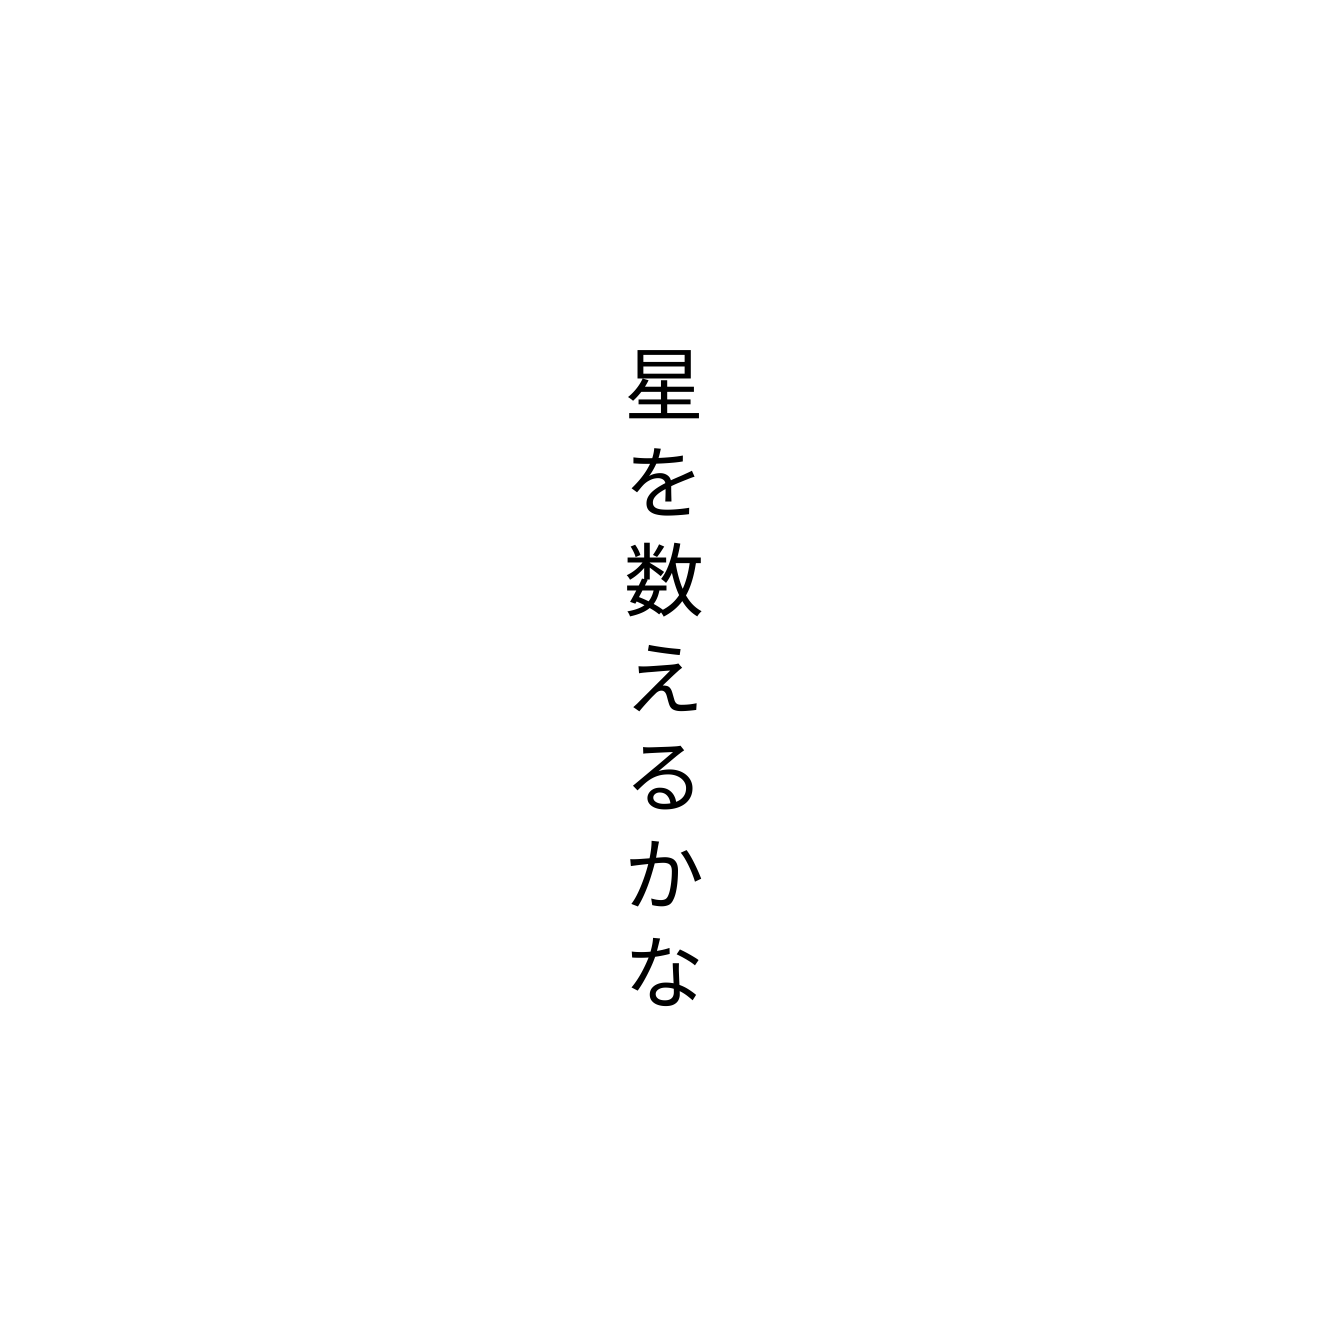
星を数えるかな